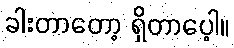
ခါးတာတော့ ရှိတာပေ့ါ။